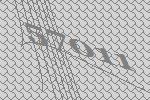
57011